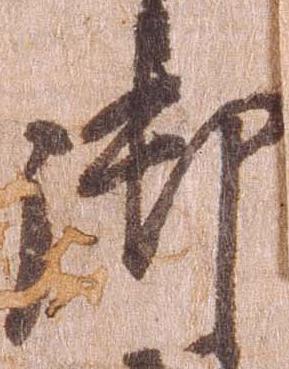
御